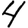
Digit: 4